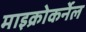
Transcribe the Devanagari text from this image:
माइक्रोकर्नेल